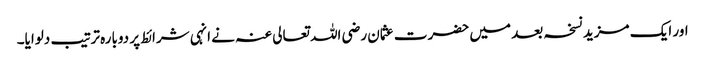
اور ایک مزید نسخہ بعد میں‌ حضرت عثمان رضی اللہ تعالی عنہ نے انہی شرائط پر دوبارہ ترتیب دلوایا۔